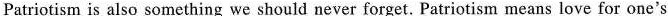
Patriotism is also something we should never forget. Patriotism means love for one's